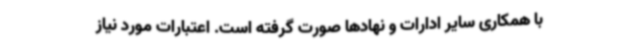
با همکاری سایر ادارات و نهادها صورت گرفته است. اعتبارات مورد نیاز